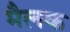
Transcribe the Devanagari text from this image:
मैलक